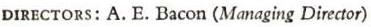
DIRECTORS: A. E. Bacon (Managing Director)